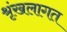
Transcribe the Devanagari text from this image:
श्रृंखलागत